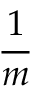
\frac { 1 } { m }